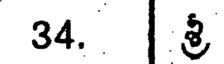
34. | శ్రీ